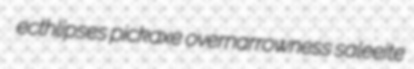
ecthlipses pickaxe overnarrowness saleeite